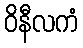
ဝိနီလကံ